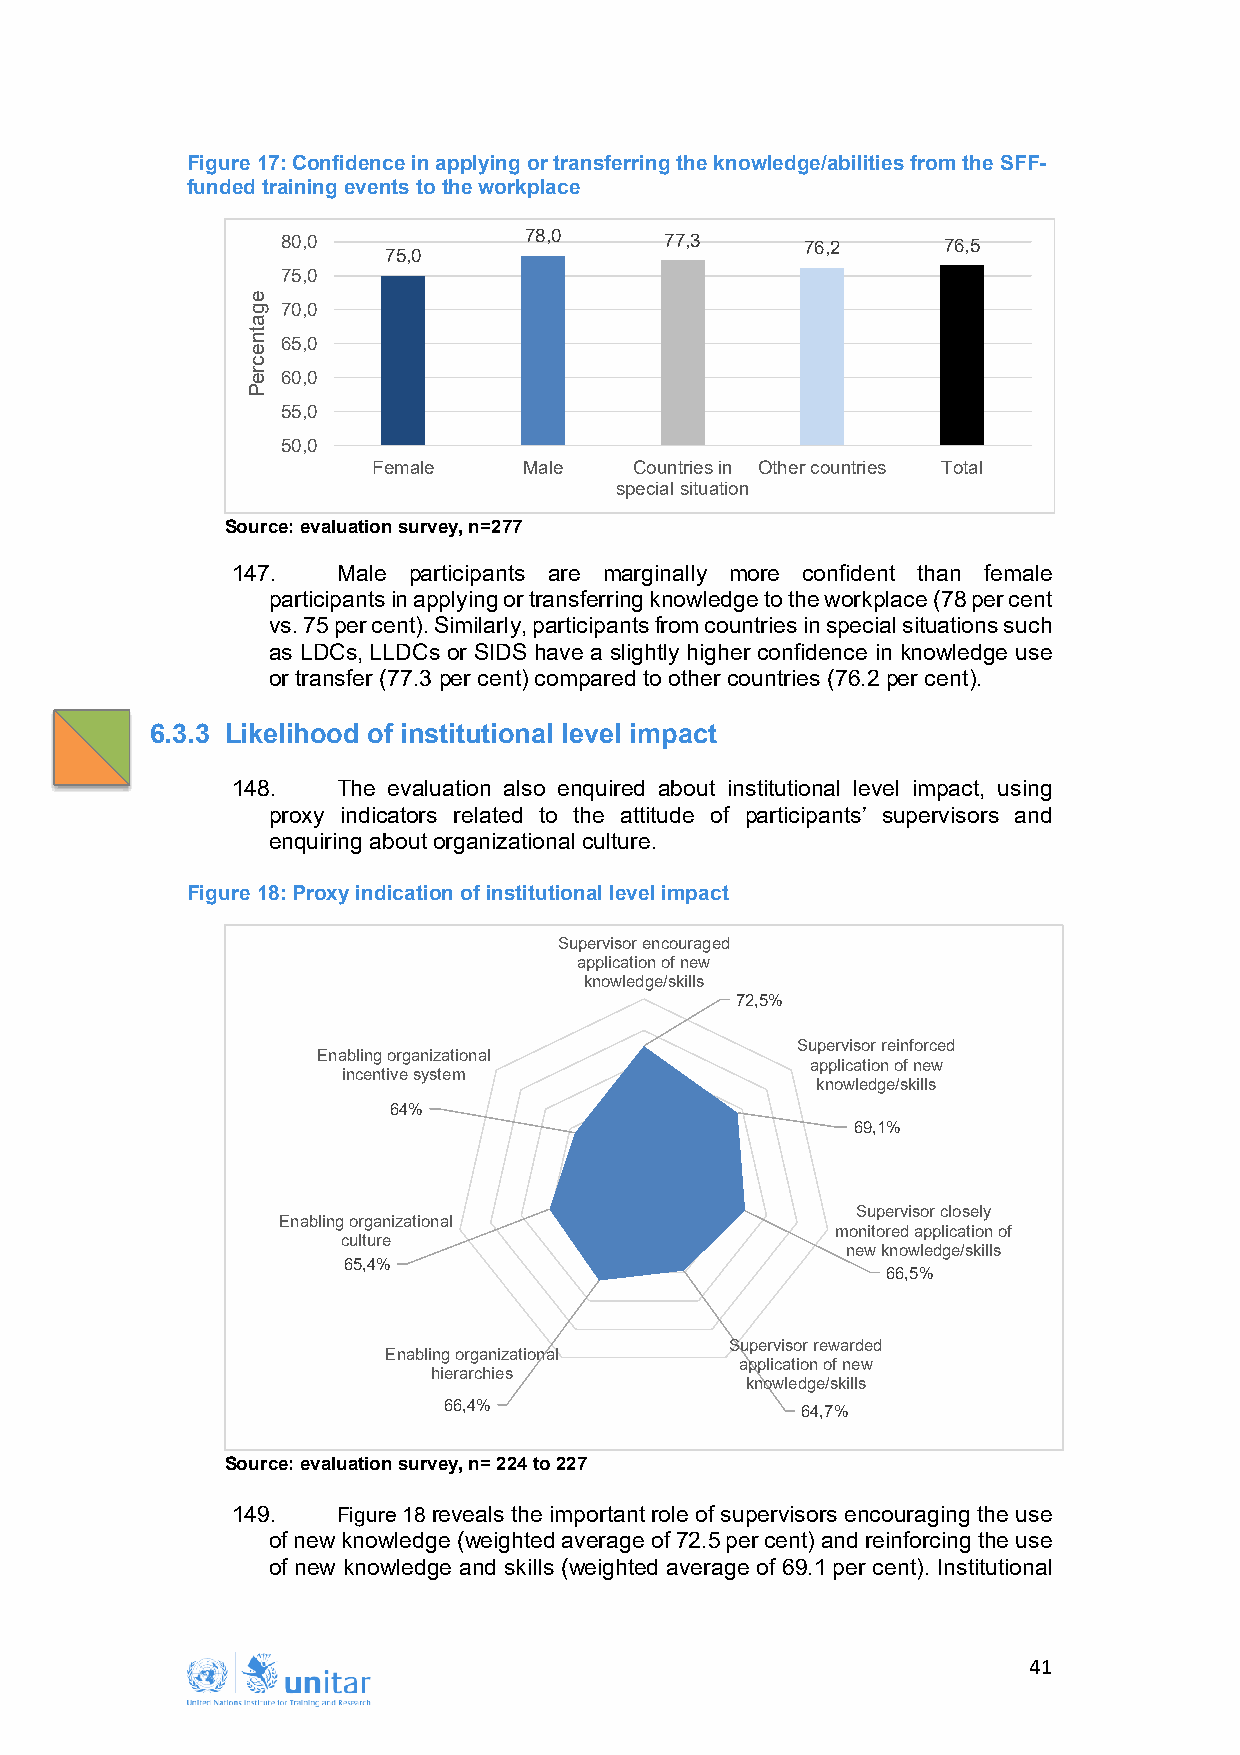
Figure 17: Confidence in applying or transferring the knowledge/abilities from the SFF-
 funded training events to the workplace
 80,0            78,0     77,3     76,2     76,5
 75,0
 75,0
 70,0
 65,0
 60,0
 55,0
 50,0
 Female    Male   Countries in Other countries Total
 special situation
 Source: evaluation survey, n=277
 147.   Male participants are marginally more confident than female
 participants in applying or transferring knowledge to the workplace (78 per cent
 vs. 75 per cent). Similarly, participants from countries in special situations such
 as LDCs, LLDCs or SIDS have a slightly higher confidence in knowledge use
 or transfer (77.3 per cent) compared to other countries (76.2 per cent).
 6.3.3 Likelihood of institutional level impact
 148.   The evaluation also enquired about institutional level impact, using
 proxy indicators related to the attitude of participants’ supervisors and
 enquiring about organizational culture.
 Figure 18: Proxy indication of institutional level impact
 Supervisor encouraged
 application of new
 knowledge/skills
 72,5%
 Supervisor reinforced
 Enabling organizational
 application of new
 incentive system
 knowledge/skills
 64%
 69,1%
 Supervisor closely
 Enabling organizational
 monitored application of
 culture
 new knowledge/skills
 65,4%
 66,5%
 Supervisor rewarded
 Enabling organizational
 application of new
 hierarchies
 knowledge/skills
 66,4%
 64,7%
 Source: evaluation survey, n= 224 to 227
 149.   Figure 18 reveals the important role of supervisors encouraging the use
 of new knowledge (weighted average of 72.5 per cent) and reinforcing the use
 of new knowledge and skills (weighted average of 69.1 per cent). Institutional
 41
 egatnecreP